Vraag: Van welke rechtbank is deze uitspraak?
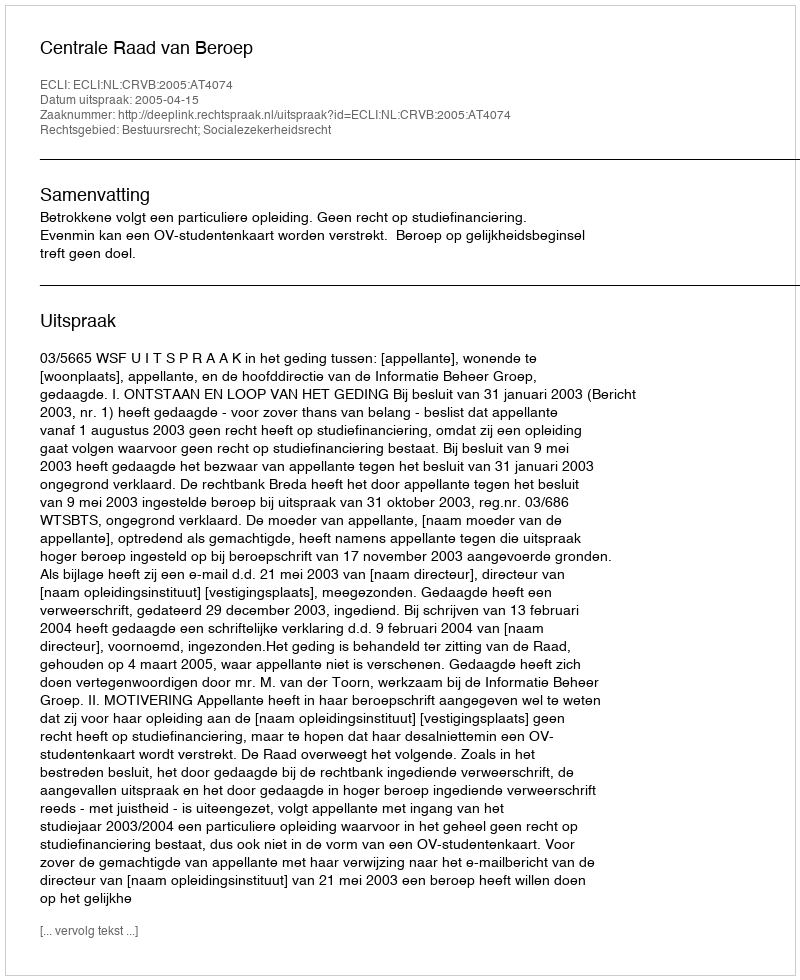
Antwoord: Centrale Raad van Beroep